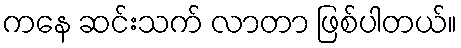
ကနေ ဆင်းသက် လာတာ ဖြစ်ပါတယ်။